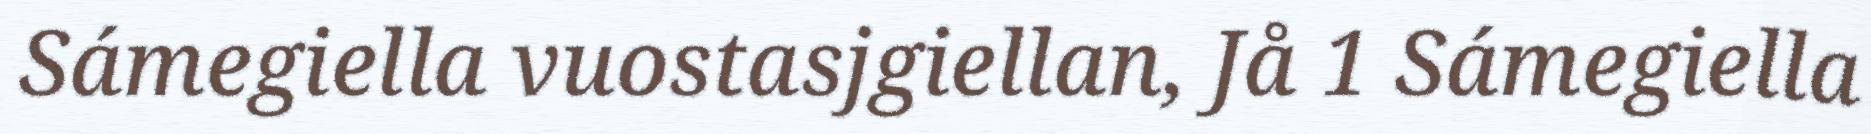
Sámegiella vuostasjgiellan, Jå 1 Sámegiella